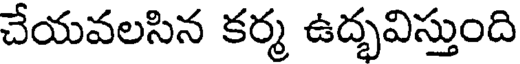
చేయవలసిన కర్మ ఉద్భవిస్తుంది